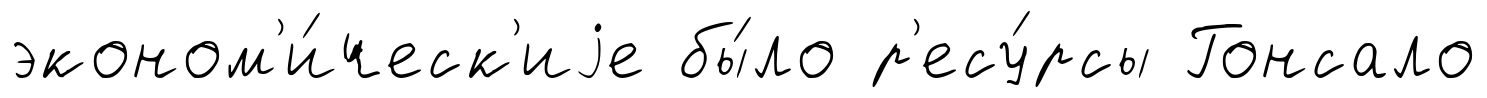
эконом'и́ческ'иjе бы́ло р'есу́рсы Гонсало